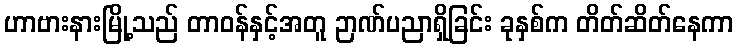
ဟာဗားနားမြို့သည် တာဝန်နှင့်အတူ ဉာဏ်ပညာရှိခြင်း ခုနှစ်က တိတ်ဆိတ်နေကာ